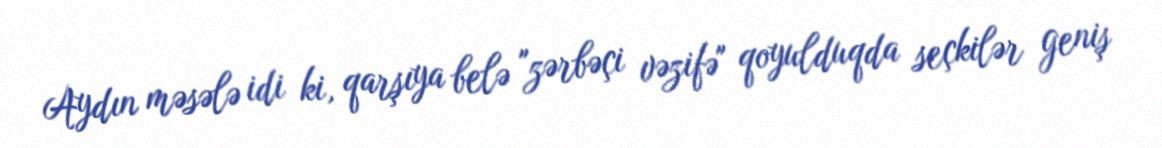
Aydın məsələ idi ki, qarşıya belə "zərbəçi vəzifə" qoyulduqda seçkilər geniş